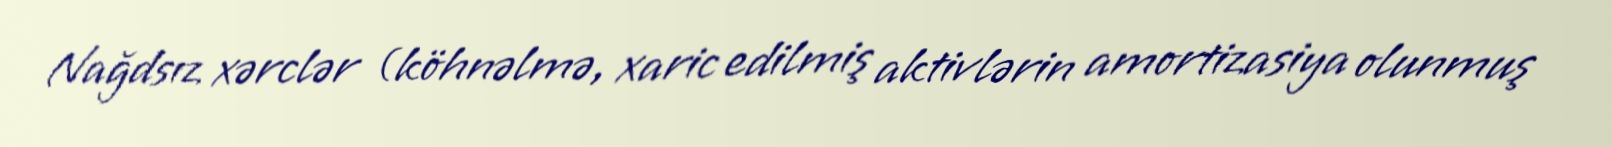
Nağdsız xərclər (köhnəlmə, xaric edilmiş aktivlərin amortizasiya olunmuş